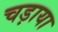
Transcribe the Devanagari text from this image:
चड़ाया